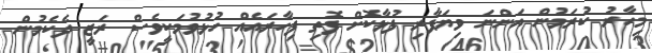
މިހާރު ކުރަމުން އަންނަ ވިޔަފާރި ފުޅާކޮށް ފޮތި ފިހާރައެއް ހުޅުވުމަކީވެސް ރަޒީ ދެކެމުން